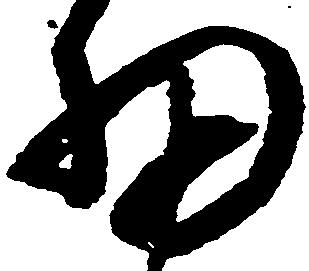
細